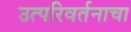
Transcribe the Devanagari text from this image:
उत्परिवर्तनाचा